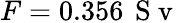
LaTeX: F=0.356\, \mathrm{~S~v~}